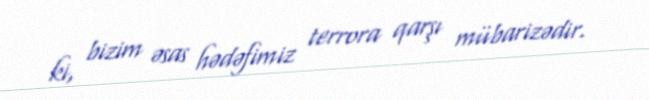
ki, bizim əsas hədəfimiz terrora qarşı mübarizədir.